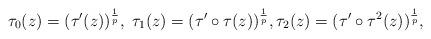
LaTeX: \begin{align*}\tau_0(z) = (\tau'(z))^{\frac{1}{p}}, \; \tau_1(z) = (\tau'\circ \tau (z))^{\frac{1}{p}}, \tau_2(z) = (\tau' \circ \tau^2 (z))^{\frac{1}{p}},\end{align*}